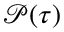
\mathcal { P } ( \tau )